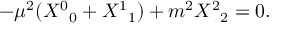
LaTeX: - \mu ^ { 2 } ( { { \cal X } ^ { 0 } } _ { 0 } + { { \cal X } ^ { 1 } } _ { 1 } ) + m ^ { 2 } { { \cal X } ^ { 2 } } _ { 2 } = 0 .